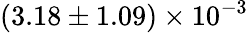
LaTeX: (3.18\pm 1.09)\times 10^{-3}